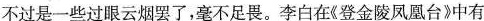
不过是一些过眼云烟罢了，毫不足畏。李白在《登金陵凤凰台》中有